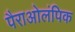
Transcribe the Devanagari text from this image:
पैराओलंपिक